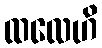
ထလေဟိ